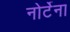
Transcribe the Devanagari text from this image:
नोर्टेना